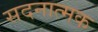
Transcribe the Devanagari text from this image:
सदनात्मक